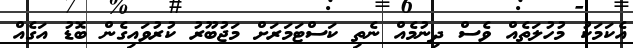
އެކަމަކު މުހުލަތެއް ވެސް ދިނުމެއް ނެތި ކަސްޓަމަރަށް މަޖުބޫރު ކުރުވައިގެން ބޮޑު އަގެއް